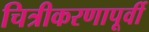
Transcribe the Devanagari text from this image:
चित्रीकरणापूर्वी